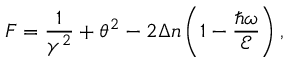
F = \frac { 1 } { \gamma ^ { 2 } } + \theta ^ { 2 } - 2 \Delta n \left( 1 - \frac { \hbar \omega } { \mathcal { E } } \right) ,